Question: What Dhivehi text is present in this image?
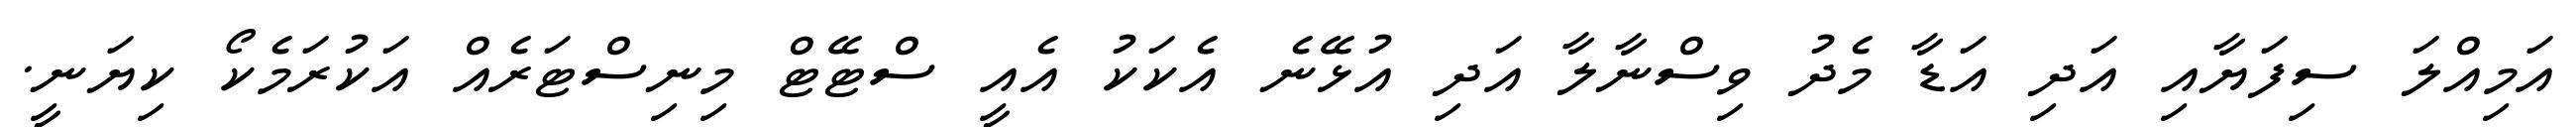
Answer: އަމިއްލަ ސިފަޔާއި އަދި އަޑާ މެދު ވިސްނާލާ އަދި އުޅޭނެ އެކަކު އެއީ ސްޓޭޓް މިނިސްޓަރެއް އަކުރަމެކޯ ކިޔަނީ.